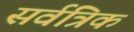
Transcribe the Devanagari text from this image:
सर्वत्रिक